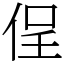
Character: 侱